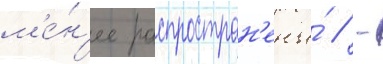
м'е́н'ее распростран'ены́ // -